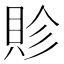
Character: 䝩